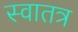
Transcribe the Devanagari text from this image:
स्वातत्र